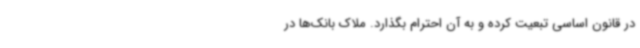
در قانون اساسی تبعیت کرده و به آن احترام بگذارد. ملاک بانک‌ها در